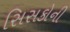
સિસકોની